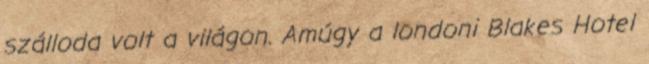
szálloda volt a világon. Amúgy a londoni Blakes Hotel